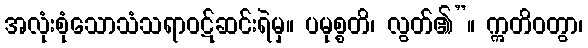
အလုံးစုံသောသံသရာဝဋ်ဆင်းရဲမှ။ ပမုစ္စတိ၊ လွတ်၏”။ ဣတိဝတွာ၊